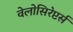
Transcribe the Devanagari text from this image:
वेलोसिरेप्टर्स